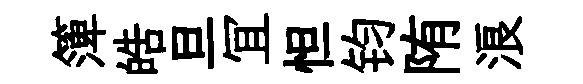
𥱼皓旦冝怛钧陏浪